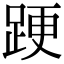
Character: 𨁈